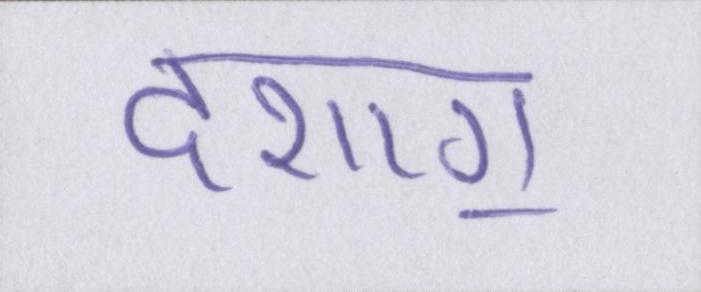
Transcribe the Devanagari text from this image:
दशाॻ